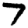
Digit: 7